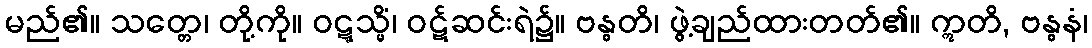
မည်၏။ သတ္တေ၊ တို့ကို။ ဝဋ္ဋသ္မိံ၊ ဝဋ်ဆင်းရဲ၌။ ဗန္ဓတိ၊ ဖွဲ့ချည်ထားတတ်၏။ ဣတိ, ဗန္ဓနံ၊